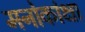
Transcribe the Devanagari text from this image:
मनोकांक्षा